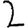
Digit: 2